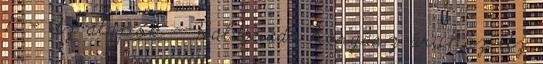
1. - Az alapok - Haldorádó horgász áruház Az